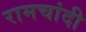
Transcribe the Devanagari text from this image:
रामचांदी